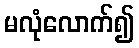
မလုံလောက်၍